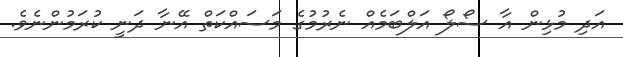
އަދި މުޅިން އާ ސޯލޯ އަލްބަމެއް ނެރުމުގެ މަސައްކަތް އޭނާ ދަނީ ކުރަމުންނެވެ.